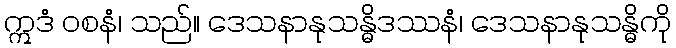
ဣဒံ ဝစနံ၊ သည်။ ဒေသနာနုသန္ဓိဒဿနံ၊ ဒေသနာနုသန္ဓိကို